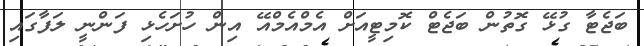
ބަޖެޓާ ގުޅޭ ގޮތުން ބަޖެޓް ކޮމިޓީއަށް އެމްއެމްއޭ އިން ހުށަހެޅި ފަންނީ ލަފާގައި